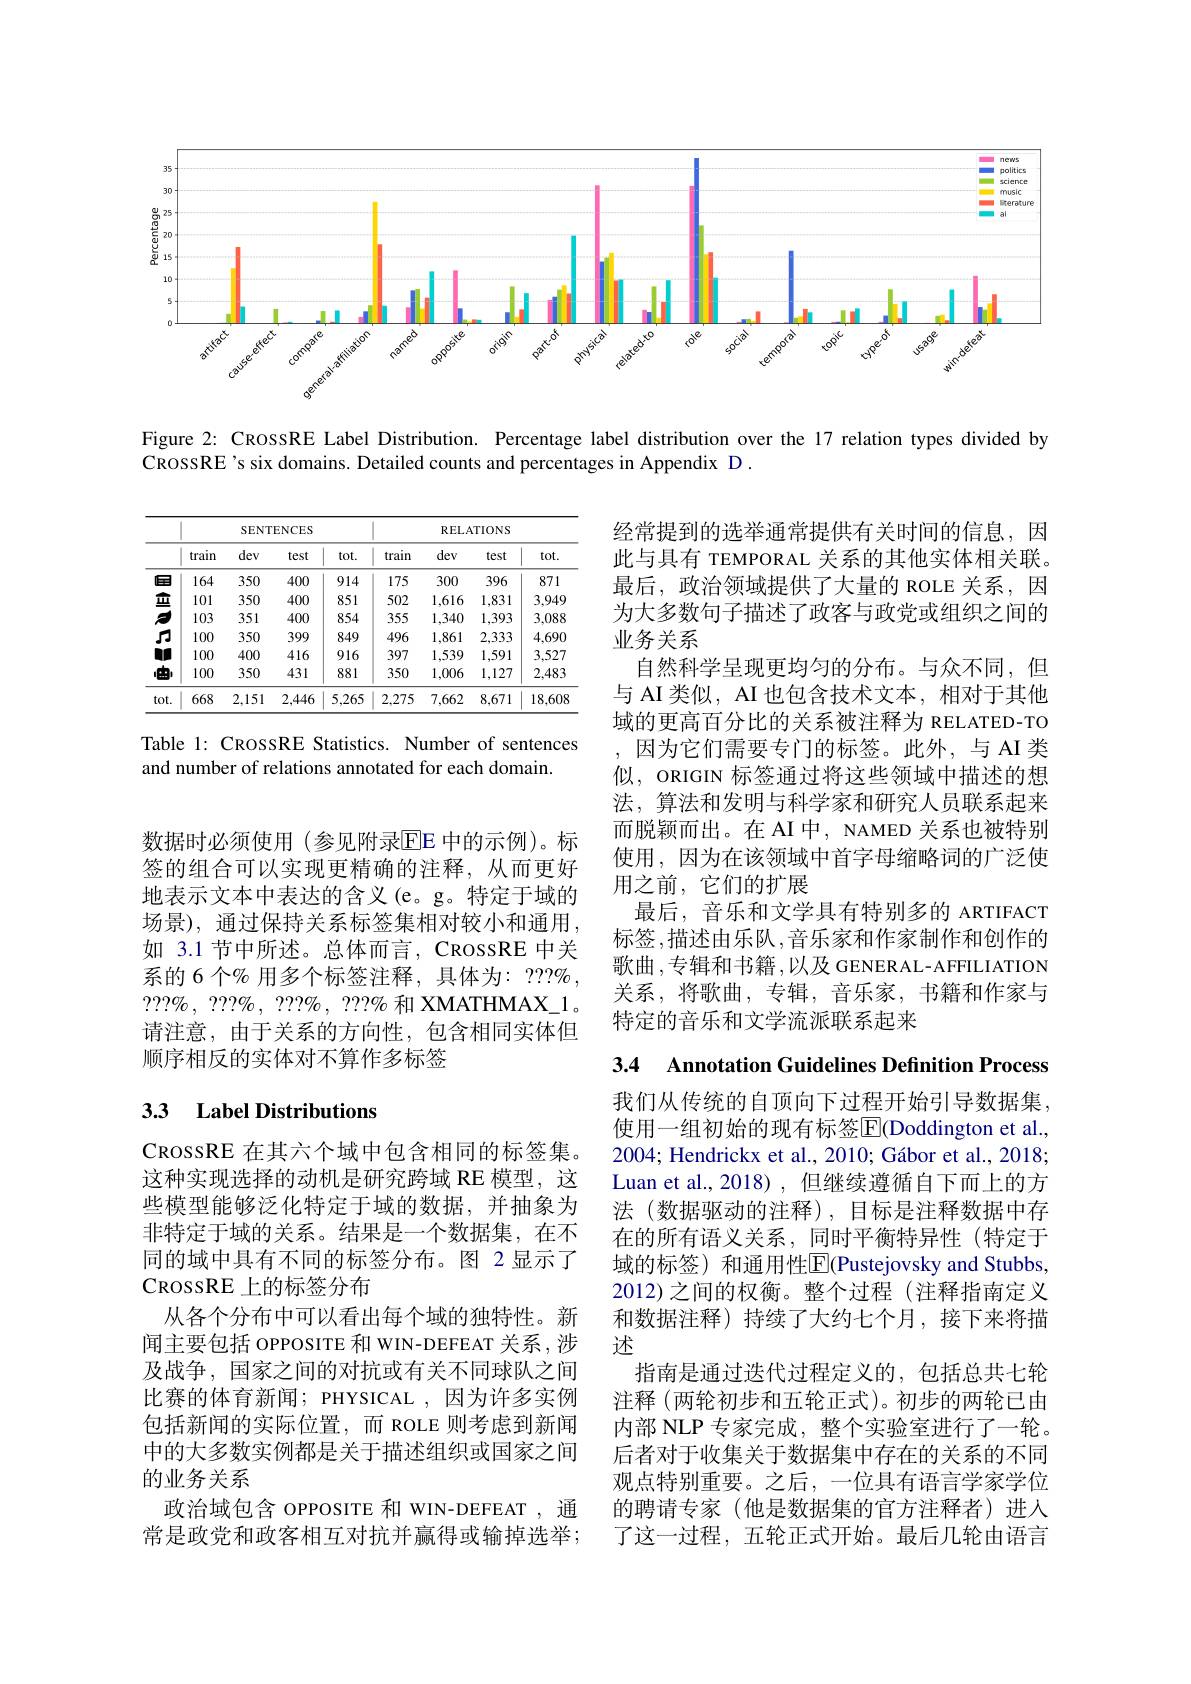
<FigureHere>

Figure 2: CRossRE Label Distribution. Percentage label distribution over the 17 relation types divided by
CROSSRE's six domains. Detailed counts and percentages in Appendix D CROSSRE 's six domains. Detailed counts and percentages in Appendix D CROSSRE

<table>
	<tbody>
		<tr>
			<th> </th>
			<th colspan="4">SENTENCES</th>
			<th colspan="4">RELATIONS</th>
		</tr>
		<tr>
			<th> </th>
			<th>train T 1</th>
			<th>dev</th>
			<th>test</th>
			<th>tot.</th>
			<th>train</th>
			<th>dev</th>
			<th>test</th>
			<th>$tot.$</th>
		</tr>
		<tr>
			<td>回</td>
			<td>164</td>
			<td>350</td>
			<td>400</td>
			<td>914</td>
			<td>175</td>
			<td>300</td>
			<td>396</td>
			<td>871</td>
		</tr>
		<tr>
			<td>亚 1 - - 1 T</td>
			<td>101</td>
			<td>350</td>
			<td>400</td>
			<td>851</td>
			<td>502</td>
			<td>1,616</td>
			<td>1,831</td>
			<td>3,949</td>
		</tr>
		<tr>
			<td>1 一 $a_{2}=\frac{1}{2}$</td>
			<td>103</td>
			<td>351</td>
			<td>400</td>
			<td>854</td>
			<td>355</td>
			<td>1,340</td>
			<td>1,393</td>
			<td>3,088</td>
		</tr>
		<tr>
			<td>JI</td>
			<td>100</td>
			<td>350</td>
			<td>399</td>
			<td>849</td>
			<td>496</td>
			<td>1,861</td>
			<td>2,333</td>
			<td>4,690</td>
		</tr>
		<tr>
			<td>M</td>
			<td>100</td>
			<td>400</td>
			<td>416</td>
			<td>916</td>
			<td>397</td>
			<td>1,539</td>
			<td>1,591</td>
			<td>3,527</td>
		</tr>
		<tr>
			<td>由 $a_{2}=\frac{1}{2}$ $a_{2}=\frac{1}{2}$ $a_{2}=\frac{1}{2}$ $a_{2}=\frac{1}{2}$ $a_{2}=\frac{1}{2}$</td>
			<td>100</td>
			<td>350</td>
			<td>431</td>
			<td>881</td>
			<td>350</td>
			<td>1,006</td>
			<td>1,127</td>
			<td>2,483</td>
		</tr>
		<tr>
			<td>tot.</td>
			<td>668</td>
			<td>2,151</td>
			<td>2,446</td>
			<td>5,265</td>
			<td>2,275</td>
			<td>7,662</td>
			<td>8,671</td>
			<td>18,608</td>
		</tr>
	</tbody>
</table>

Table 1: CROSSRE Statistics. Number of sentences
and number of relations annotated for each domain

经常提到的选举通常提供有关时间的信息，因此与具有 TEMPORAL 关系的其他实体相关联。最后，政治领域提供了大量的 ROLE 关系，因为大多数句子描述了政客与政党或组织之间的业务关系
自然科学呈现更均匀的分布。与众不同，但与 AI 类似，AI 也包含技术文本，相对于其他域的更高百分比的关系被注释为 RELATED-TO $,因为它们需要专门的标签。此外，与AI类$ 似，ORIGIN 标签通过将这些领域中描述的想法，算法和发明与科学家和研究人员联系起来而脱颖而出。在 AI 中，NAMED 关系也被特别使用，因为在该领域中首字母缩略词的广泛使用之前，它们的扩展
最后，音乐和文学具有特别多的 ARTIFACT 标签，描述由乐队，音乐家和作家制作和创作的歌曲 ,专辑和书籍，以及 GENERAL-AFFILIATION 关系，将歌曲，专辑，音乐家，书籍和作家与特定的音乐和文学流派联系起来

数据时必须使用(参见附录$\overline{\mathrm{EE}}$ 中的示例)。标签的组合可以实现更精确的注释，从而更好地表示文本中表达的含义(e。g。特定于域的场景), 通过保持关系标签集相对较小和通用， 如 3.1 节中所述。总体而言，CROSSRE 中关系的 6 个% 用多个标签注释，具体为：$???\%$, $? ? ? \% $, $? ? ? \% $, $? ? ? \% $, $? ? ? \%$和 XMATHMAX\_1。请注意，由于关系的方向性，包含相同实体但顺序相反的实体对不算作多标签

3.4 Annotation Guidelines Definition Process

# 33 Label Distributions

我们从传统的自顶向下过程开始引导数据集， 使用一组初始的现有标签$\overline{\mathbb{E}}($Doddington et al., 2004; Hendrickx et al., 2010; Gábor et al., 2018; Luan et al., 2018), 但继续遵循自下而上的方法(数据驱动的注释),目标是注释数据中存在的所有语义关系，同时平衡特异性(特定于域的标签) 和通用性$\overline{\mathrm{E}}($Pustejovsky and Stubbs, 2012)之间的权衡。整个过程(注释指南定义和数据注释)持续了大约七个月，接下来将描述
指南是通过迭代过程定义的，包括总共七轮注释 (两轮初步和五轮正式)。初步的两轮已由内部 NLP 专家完成，整个实验室进行了一轮。后者对于收集关于数据集中存在的关系的不同观点特别重要。之后，一位具有语言学家学位
政治域包含 OPPOSITE 和 WIN-DEFEAT ,通 的聘请专家 (他是数据集的官方注释者)进人
了这一过程，五轮正式开始。最后几轮由语言

CROSSRE 在其六个域中包含相同的标签集。这种实现选择的动机是研究跨域 RE 模型，这些模型能够泛化特定于域的数据，并抽象为非特定于域的关系。结果是一个数据集，在不同的域中具有不同的标签分布。图 2 显示了CROSSRE 上的标签分布
从各个分布中可以看出每个域的独特性。新闻主要包括 OPPOSITE 和 WIN-DEFEAT 关系，涉及战争，国家之间的对抗或有关不同球队之间比赛的体育新闻；PHYSICAL ,因为许多实例包括新闻的实际位置，而 ROLE 则考虑到新闻中的大多数实例都是关于描述组织或国家之间的业务关系
常是政党和政客相互对抗并赢得或输掉选举；